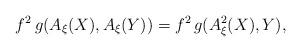
LaTeX: \begin{align*} f^{2}\,g(A_{\xi}(X),A_{\xi}(Y))= f^{2}\, g(A^{2}_{\xi}(X), Y), \end{align*}